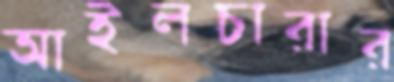
আইলচারার